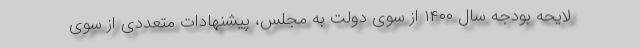
لایحه بودجه سال ۱۴۰۰ از سوی دولت به مجلس، پیشنهادات متعددی از سوی